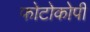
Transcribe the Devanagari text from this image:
फोटोकोपी